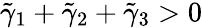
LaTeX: \tilde{\gamma}_{1}+\tilde{\gamma}_{2}+\tilde{\gamma}_{3}>0